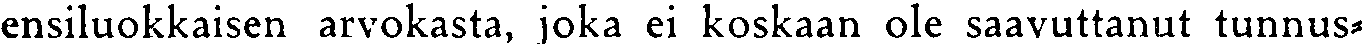
ensiluokkaisen arvokasta, joka ei koskaan ole saavuttanut tunnus-